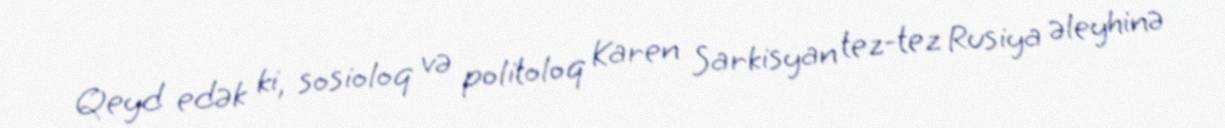
Qeyd edək ki, sosioloq və politoloq Karen Sarkisyan tez-tez Rusiya əleyhinə